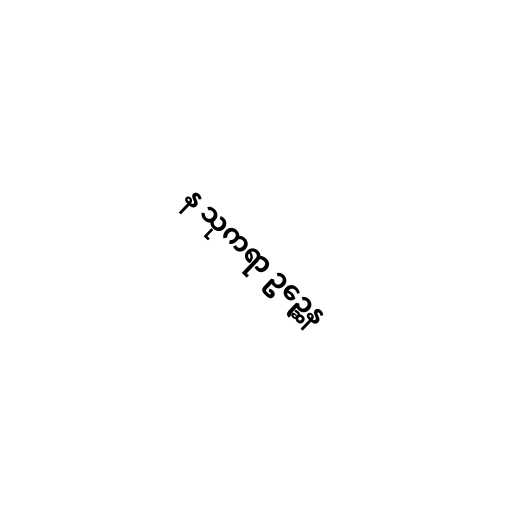
န သုကရာ ဥဉ္ဆေန